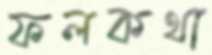
ফলকথা